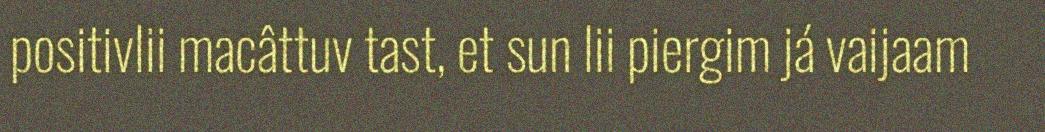
positivlii macâttuv tast, et sun lii piergim já vaijaam